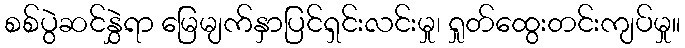
စစ်ပွဲဆင်နွှဲရာ မြေမျက်နှာပြင်ရှင်းလင်းမှု၊ ရှုတ်ထွေးတင်းကျပ်မှု။